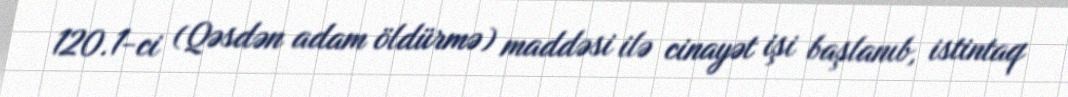
120.1-ci (Qəsdən adam öldürmə) maddəsi ilə cinayət işi başlanıb, istintaq